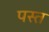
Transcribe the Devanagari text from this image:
पस्‍त